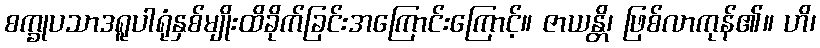
စက္ခုပသာဒရူပါရုံနှစ်မျိုးထိခိုက်ခြင်းအကြောင်းကြောင့်။ ဇာယန္တိ၊ ဖြစ်လာကုန်၏။ ဟိ၊